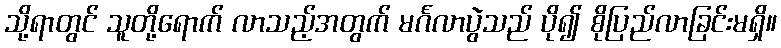
သို့ရာတွင် သူတို့ရောက် လာသည့်အတွက် မင်္ဂလာပွဲသည် ပို၍ စိုပြည်လာခြင်းမရှိ။